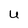
Character: U